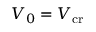
V _ { 0 } = V _ { \mathrm { c r } }